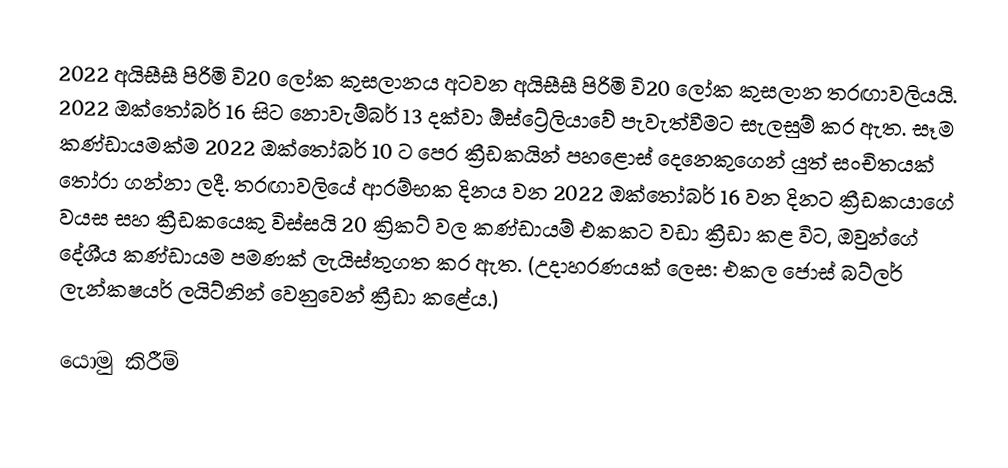
2022 අයිසීසී පිරිමි වි20 ලෝක කුසලානය අටවන අයිසීසී පිරිමි වි20 ලෝක කුසලාන තරඟාවලියයි. 2022 ඔක්තෝබර් 16 සිට නොවැම්බර් 13 දක්වා ඕස්ට්‍රේලියාවේ පැවැත්වීමට සැලසුම් කර ඇත. සෑම කණ්ඩායමක්ම 2022 ඔක්තෝබර් 10 ට පෙර ක්‍රීඩකයින් පහළොස් දෙනෙකුගෙන් යුත් සංචිතයක් තෝරා ගන්නා ලදී. තරඟාවලියේ ආරම්භක දිනය වන 2022 ඔක්තෝබර් 16 වන දිනට ක්‍රීඩකයාගේ වයස සහ ක්‍රීඩකයෙකු විස්සයි 20 ක්‍රිකට් වල කණ්ඩායම් එකකට වඩා ක්‍රීඩා කළ විට, ඔවුන්ගේ දේශීය කණ්ඩායම පමණක් ලැයිස්තුගත කර ඇත. (උදාහරණයක් ලෙස: එකල ජොස් බට්ලර් ලැන්කෂයර් ලයිට්නින් වෙනුවෙන් ක්‍රීඩා කළේය.)

යොමු කිරීම්